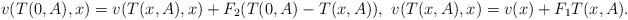
LaTeX: \begin{align*}v(T(0,A),x)=v(T(x,A),x)+F_{2}(T(0,A)-T(x,A)),\ v(T(x,A),x)=v(x)+F_{1}T(x,A).\end{align*}